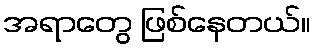
အရာတွေ ဖြစ်နေတယ်။